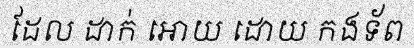
ដែល ដាក់ អោយ ដោយ កងទ័ព